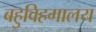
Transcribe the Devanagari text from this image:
बहुविहगालय